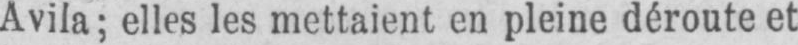
Avila; elles les mettaient en pleine déroute et